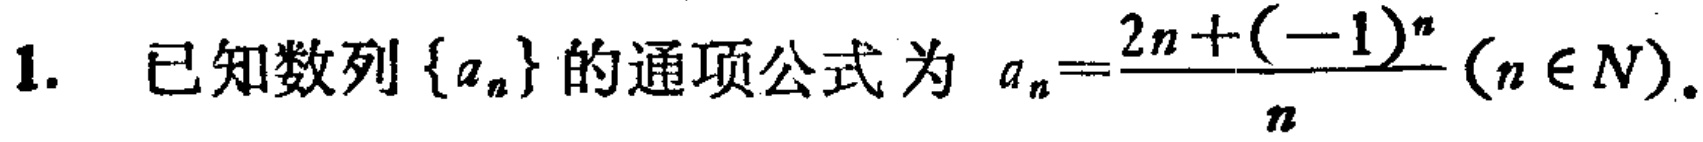
1. 已知数列\(\{a_{n}\}\)的通项公式为 \(a_{n}=\frac{2n + (-1)^{n}}{n}(n\in N)\)。